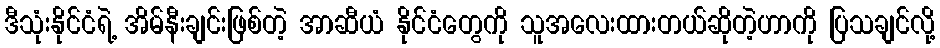
ဒီသုံးနိုင်ငံရဲ့ အိမ်နီးချင်းဖြစ်တဲ့ အာဆီယံ နိုင်ငံတွေကို သူအလေးထားတယ်ဆိုတဲ့ဟာကို ပြသချင်လို့